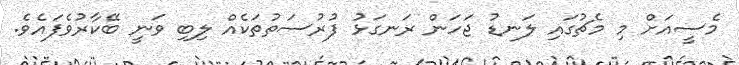
މެސީއަށް މި މެޗުގައި ލަނޑު ޖަހަން ރަނގަޅު ފުރުސަތުތަކެއް ލިބި ވަނީ ބޭކާރުވެފައެވެ.